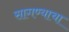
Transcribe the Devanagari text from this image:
सागण्याचा